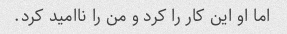
اما او این کار را کرد و من را ناامید کرد.